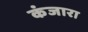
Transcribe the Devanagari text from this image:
कंजारा